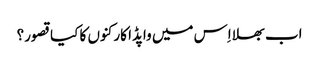
اب بھلا اِس میں واپڈا کارکنوں کا کیا قصور؟